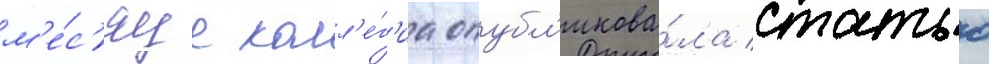
м'е́с'яце колл'е́г'иа опубл'икова́ла статью